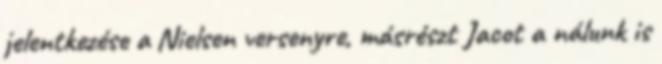
jelentkezése a Nielsen versenyre, másrészt Jacot a nálunk is